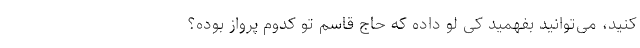
کنید، می‌توانید بفهمید کی لو داده که حاج قاسم تو کدوم پرواز بوده؟